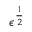
\epsilon ^ { \frac { 1 } { 2 } }